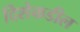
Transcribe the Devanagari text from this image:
दिशेकडील